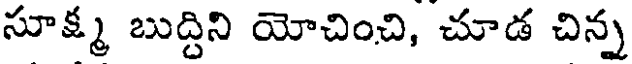
సూక్ష్మ బుద్దిని యోచించి, చూడ చిన్న